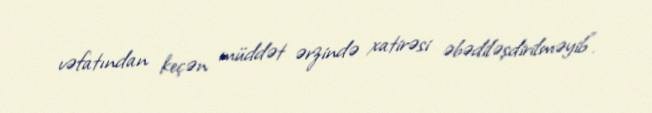
vəfatından keçən müddət ərzində xatirəsi əbədiləşdirilməyib”.